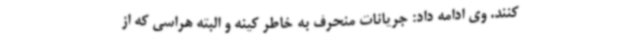
‌کنند. وی ادامه داد: جریانات منحرف به خاطر کینه و البته هراسی که از